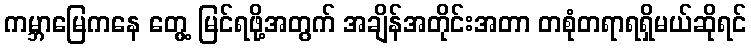
ကမ္ဘာမြေကနေ တွေ့ မြင်ရဖို့အတွက် အချိန်အတိုင်းအတာ တစုံတရာရရှိမယ်ဆိုရင်